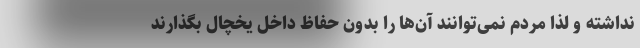
نداشته و لذا مردم نمی‌توانند آن‌ها را بدون حفاظ داخل یخچال بگذارند